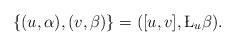
LaTeX: \begin{align*}\{(u,\alpha),(v,\beta)\}=([u,v], \L_u\beta).\end{align*}